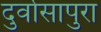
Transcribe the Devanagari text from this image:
दुर्वासापुरा